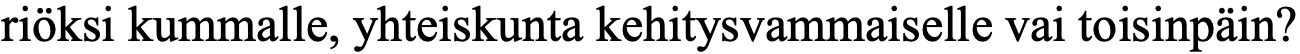
riöksi kummalle, yhteiskunta kehitysvammaiselle vai toisinpäin?